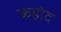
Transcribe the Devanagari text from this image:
कहोद